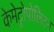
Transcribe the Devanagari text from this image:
केमेट्रोपोलिटन